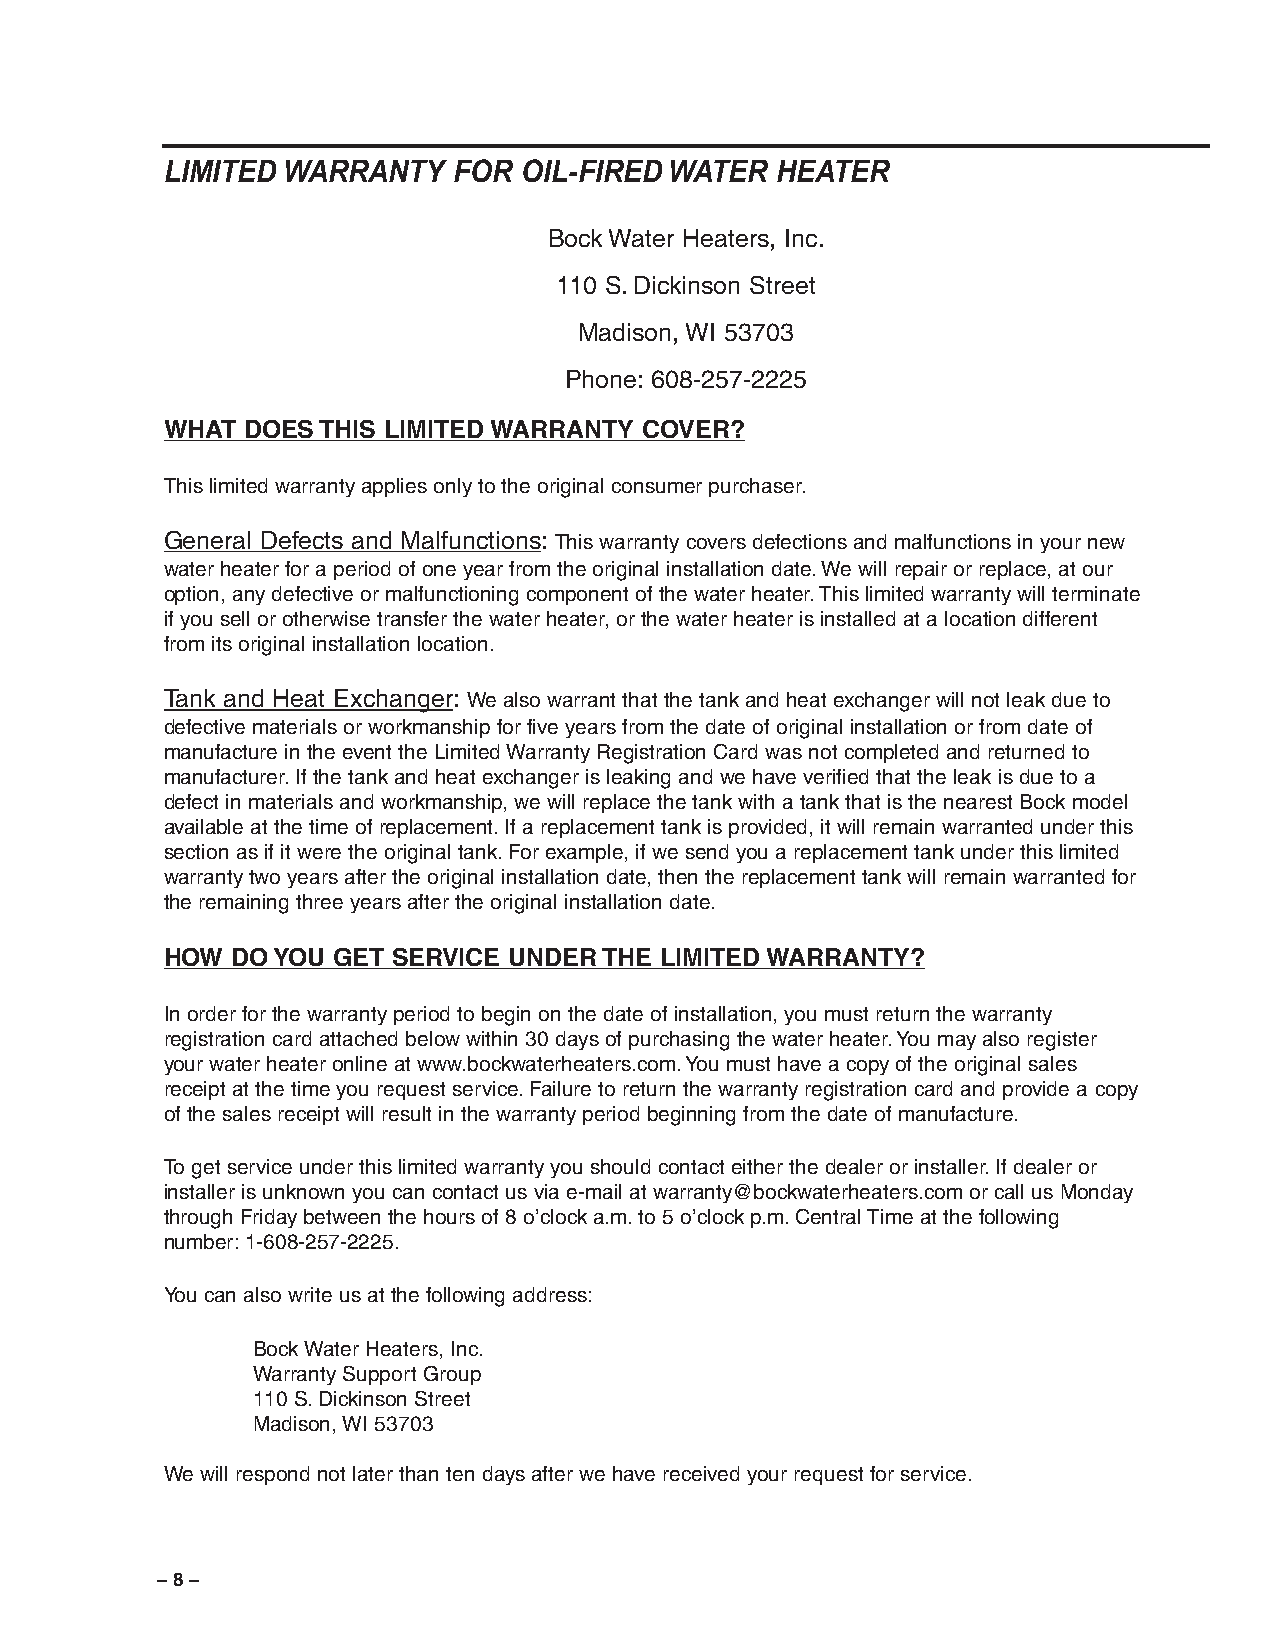
LIMITED WARRANTY   FOR  OIL-FIRED WATER HEATER
 Bock Water Heaters, Inc.
 110 S. Dickinson Street
 Madison, WI 53703
 Phone: 608-257-2225
 WHAT DOES THIS LIMITED WARRANTY COVER?
 This limited warranty applies only to the original consumer purchaser.
 General Defects and Malfunctions: This warranty covers defections and malfunctions in your new
 water heater for a period of one year from the original installation date. We will repair or replace, at our
 option, any defective or malfunctioning component of the water heater. This limited warranty will terminate
 if you sell or otherwise transfer the water heater, or the water heater is installed at a location different
 from its original installation location.
 Tank and Heat Exchanger: We also warrant that the tank and heat exchanger will not leak due to
 defective materials or workmanship for five years from the date of original installation or from date of
 manufacture in the event the Limited Warranty Registration Card was not completed and returned to
 manufacturer. If the tank and heat exchanger is leaking and we have verified that the leak is due to a
 defect in materials and workmanship, we will replace the tank with a tank that is the nearest Bock model
 available at the time of replacement. If a replacement tank is provided, it will remain warranted under this
 section as if it were the original tank. For example, if we send you a replacement tank under this limited
 warranty two years after the original installation date, then the replacement tank will remain warranted for
 the remaining three years after the original installation date.
 HOW DO YOU GET SERVICE UNDER THE LIMITED WARRANTY?
 In order for the warranty period to begin on the date of installation, you must return the warranty
 registration card attached below within 30 days of purchasing the water heater. You may also register
 your water heater online at www.bockwaterheaters.com. You must have a copy of the original sales
 receipt at the time you request service. Failure to return the warranty registration card and provide a copy
 of the sales receipt will result in the warranty period beginning from the date of manufacture.
 To get service under this limited warranty you should contact either the dealer or installer. If dealer or
 installer is unknown you can contact us via e-mail at warranty@bockwaterheaters.com or call us Monday
 through Friday between the hours of 8 o’clock a.m. to 5 o’clock p.m. Central Time at the following
 number: 1-608-257-2225.
 You can also write us at the following address:
 Bock Water Heaters, Inc.
 Warranty Support Group
 110 S. Dickinson Street
 Madison, WI 53703
 We will respond not later than ten days after we have received your request for service.
 – 8 –